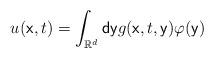
LaTeX: \begin{align*}u(\mathsf{x},t)=\int_{\mathbb{R}^{d}}\mathsf{dy}g(\mathsf{x},t,\mathsf{y})\varphi (\mathsf{y)}\end{align*}